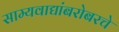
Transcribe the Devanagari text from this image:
साम्यवाद्यांबरोबरचे